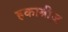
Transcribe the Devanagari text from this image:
हकाबीज़